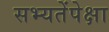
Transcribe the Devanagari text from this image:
सभ्यतेंपेक्षा